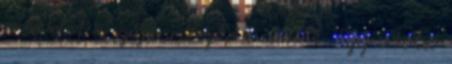
a levelet a száján érezte a csókot. Egy utolsó